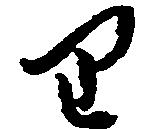
り